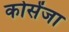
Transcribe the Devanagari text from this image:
कोसेंजा